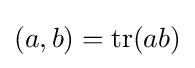
(a,b)=\operatorname {tr} (ab)